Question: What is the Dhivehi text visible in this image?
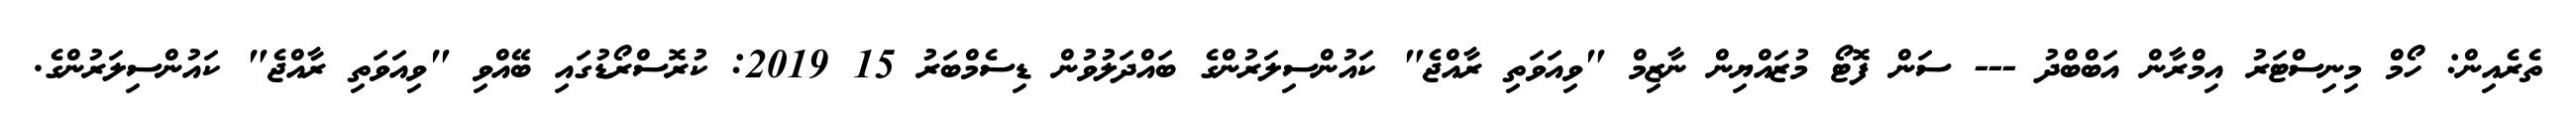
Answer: ތެރެއިން: ހޯމް މިނިސްޓަރު އިމްރާން އަބްބްދު --- ސަން ފޮޓޯ މުޒައްޔިން ނާޒިމް "ވިއަވަތި ރާއްޖެ" ކައުންސިލަރުންގެ ބައްދަލުވުން ޑިސެމްބަރު 15 2019: ކުރޮސްރޯޑުގައި ބޭއްވި "ވިއަވަތި ރާއްޖެ" ކައުންސިލަރުންގެ.